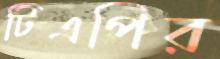
টিএপির